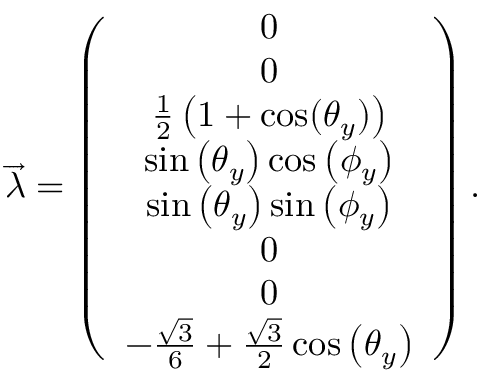
\begin{array} { r } { \overrightarrow { \lambda } = \left( \begin{array} { c } { 0 } \\ { 0 } \\ { \frac { 1 } { 2 } \left( 1 + \cos ( \theta _ { y } ) \right) } \\ { \sin \left( \theta _ { y } \right) \cos \left( \phi _ { y } \right) } \\ { \sin \left( \theta _ { y } \right) \sin \left( \phi _ { y } \right) } \\ { 0 } \\ { 0 } \\ { - \frac { \sqrt { 3 } } { 6 } + \frac { \sqrt { 3 } } { 2 } \cos \left( \theta _ { y } \right) } \end{array} \right) . } \end{array}